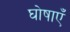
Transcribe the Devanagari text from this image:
घोषाएँ